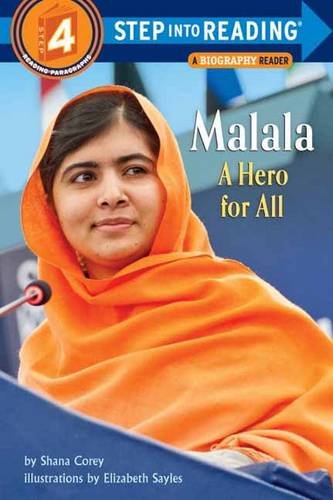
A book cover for Malala: A Hero for All (Step into Reading); Shana Corey; Children's Books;